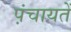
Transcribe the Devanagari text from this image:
प़ंचायतें